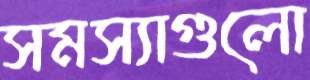
সমস্যাগুলো